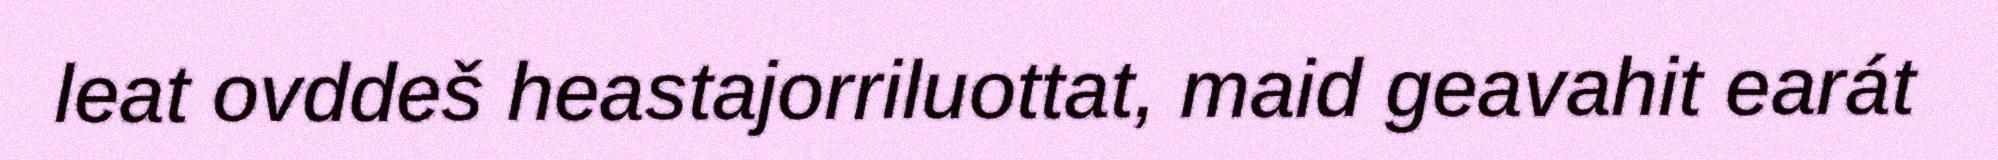
leat ovddeš heastajorriluottat, maid geavahit earát